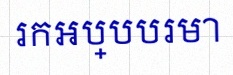
រកអប្បបរមា